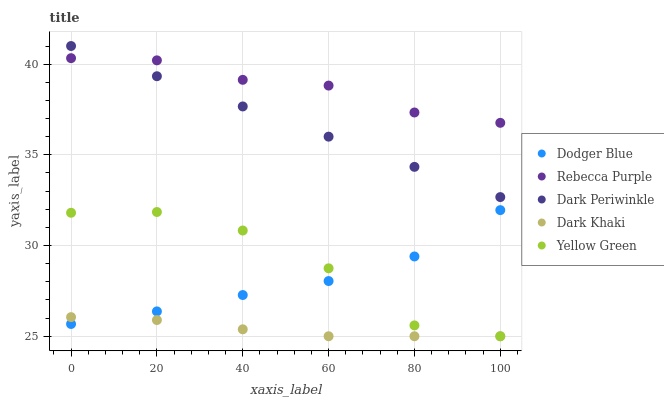
| xaxis_label | Dodger Blue | Rebecca Purple | Dark Periwinkle | Dark Khaki | Yellow Green |
 | --- | --- | --- | --- | --- | --- |
 | 0 | 25.7 | 40.3 | 41 | 26.1 | 31.8 |
 | 20 | 26.4 | 40.2 | 39.3 | 25.9 | 31.8 |
 | 40 | 27.3 | 39.1 | 37.7 | 25.4 | 30.8 |
 | 60 | 28 | 38.8 | 36 | 25 | 28.7 |
 | 80 | 29.4 | 37.3 | 34.3 | 25 | 25.6 |
 | 100 | 32 | 36.8 | 32.7 | 25 | 25 |